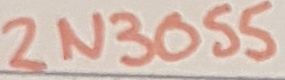
Text: 2N3055